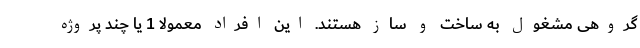
گروهی مشغول به ساخت و ساز هستند. این افراد معمولا 1 یا چند پروژه